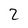
Character: 2